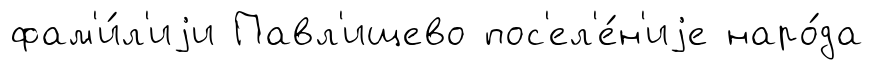
фам'и́л'иjи Павл'ищево пос'ел'е́н'иjе наро́да